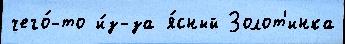
чего́-то и́з-за я́сный Золот'инка